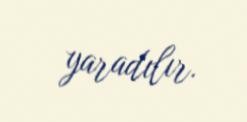
yaradılır.